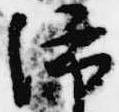
沛